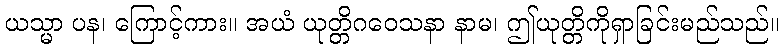
ယသ္မာ ပန၊ ကြောင့်ကား။ အယံ ယုတ္တိဂဝေသနာ နာမ၊ ဤယုတ္တိကိုရှာခြင်းမည်သည်။